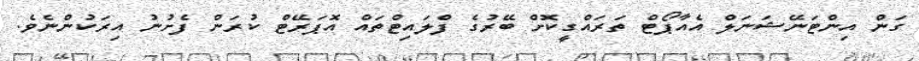
ގަން އިންޓަނޭޝަނަލް އެއާޕޯޓް ތަރައްގީކޮށް ބޭރުގެ ފްލައިޓްތައް އޮޕަރޭޓް ކުރަން ފެށުނު އިރަކުންނެވެ.